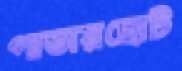
পাতায়ছোট